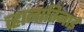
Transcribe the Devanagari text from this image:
व्हानातिनाई